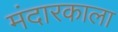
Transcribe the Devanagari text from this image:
मंदारकाला